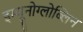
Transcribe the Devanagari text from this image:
इम्यूनोग्लोब्लिन